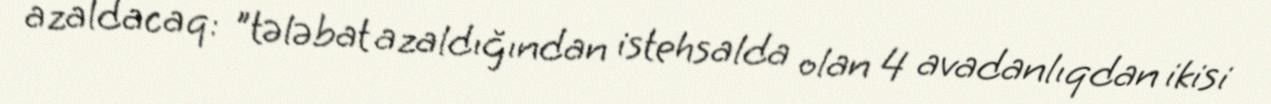
azaldacaq: "tələbat azaldığından istehsalda olan 4 avadanlıqdan ikisi